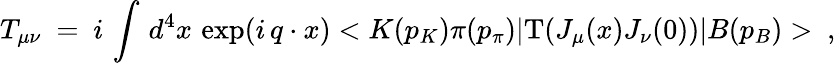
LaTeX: T_{\mu\nu}~=~i\, \int\, d^{4}x\, \exp(i\, q\cdot x)<K(p_{K})\pi(p_{\pi})|\mathrm{T}(J_{\mu}(x)J_{\nu}(0))|B(p_{B})>~,